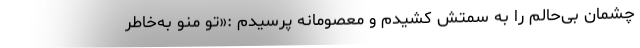
چشمان بی‌حالم را به سمتش کشیدم و معصومانه پرسیدم :«تو منو به‌خاطر